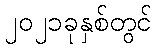
၂၀၂၁ခုနှစ်တွင်